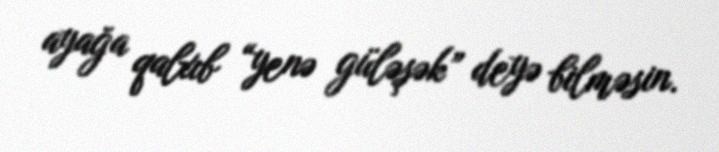
ayağa qalxıb “yenə güləşək” deyə bilməsin.